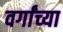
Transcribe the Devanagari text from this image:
वर्गांच्‍या